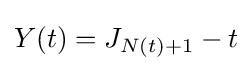
Y(t)=J_{N(t)+1}-t